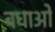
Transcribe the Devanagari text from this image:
बधाओ